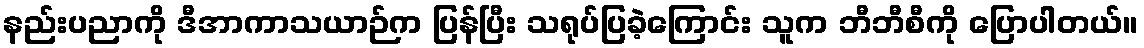
နည်းပညာကို ဒီအာကာသယာဉ်က ပြန်ပြီး သရုပ်ပြခဲ့ကြောင်း သူက ဘီဘီစီကို ပြောပါတယ်။